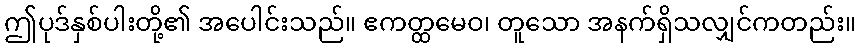
ဤပုဒ်နှစ်ပါးတို့၏ အပေါင်းသည်။ ဧကတ္ထမေဝ၊ တူသော အနက်ရှိသလျှင်ကတည်း။